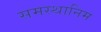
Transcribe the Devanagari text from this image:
समस्थानिम